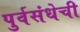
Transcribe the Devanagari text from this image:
पुर्वसंधेची